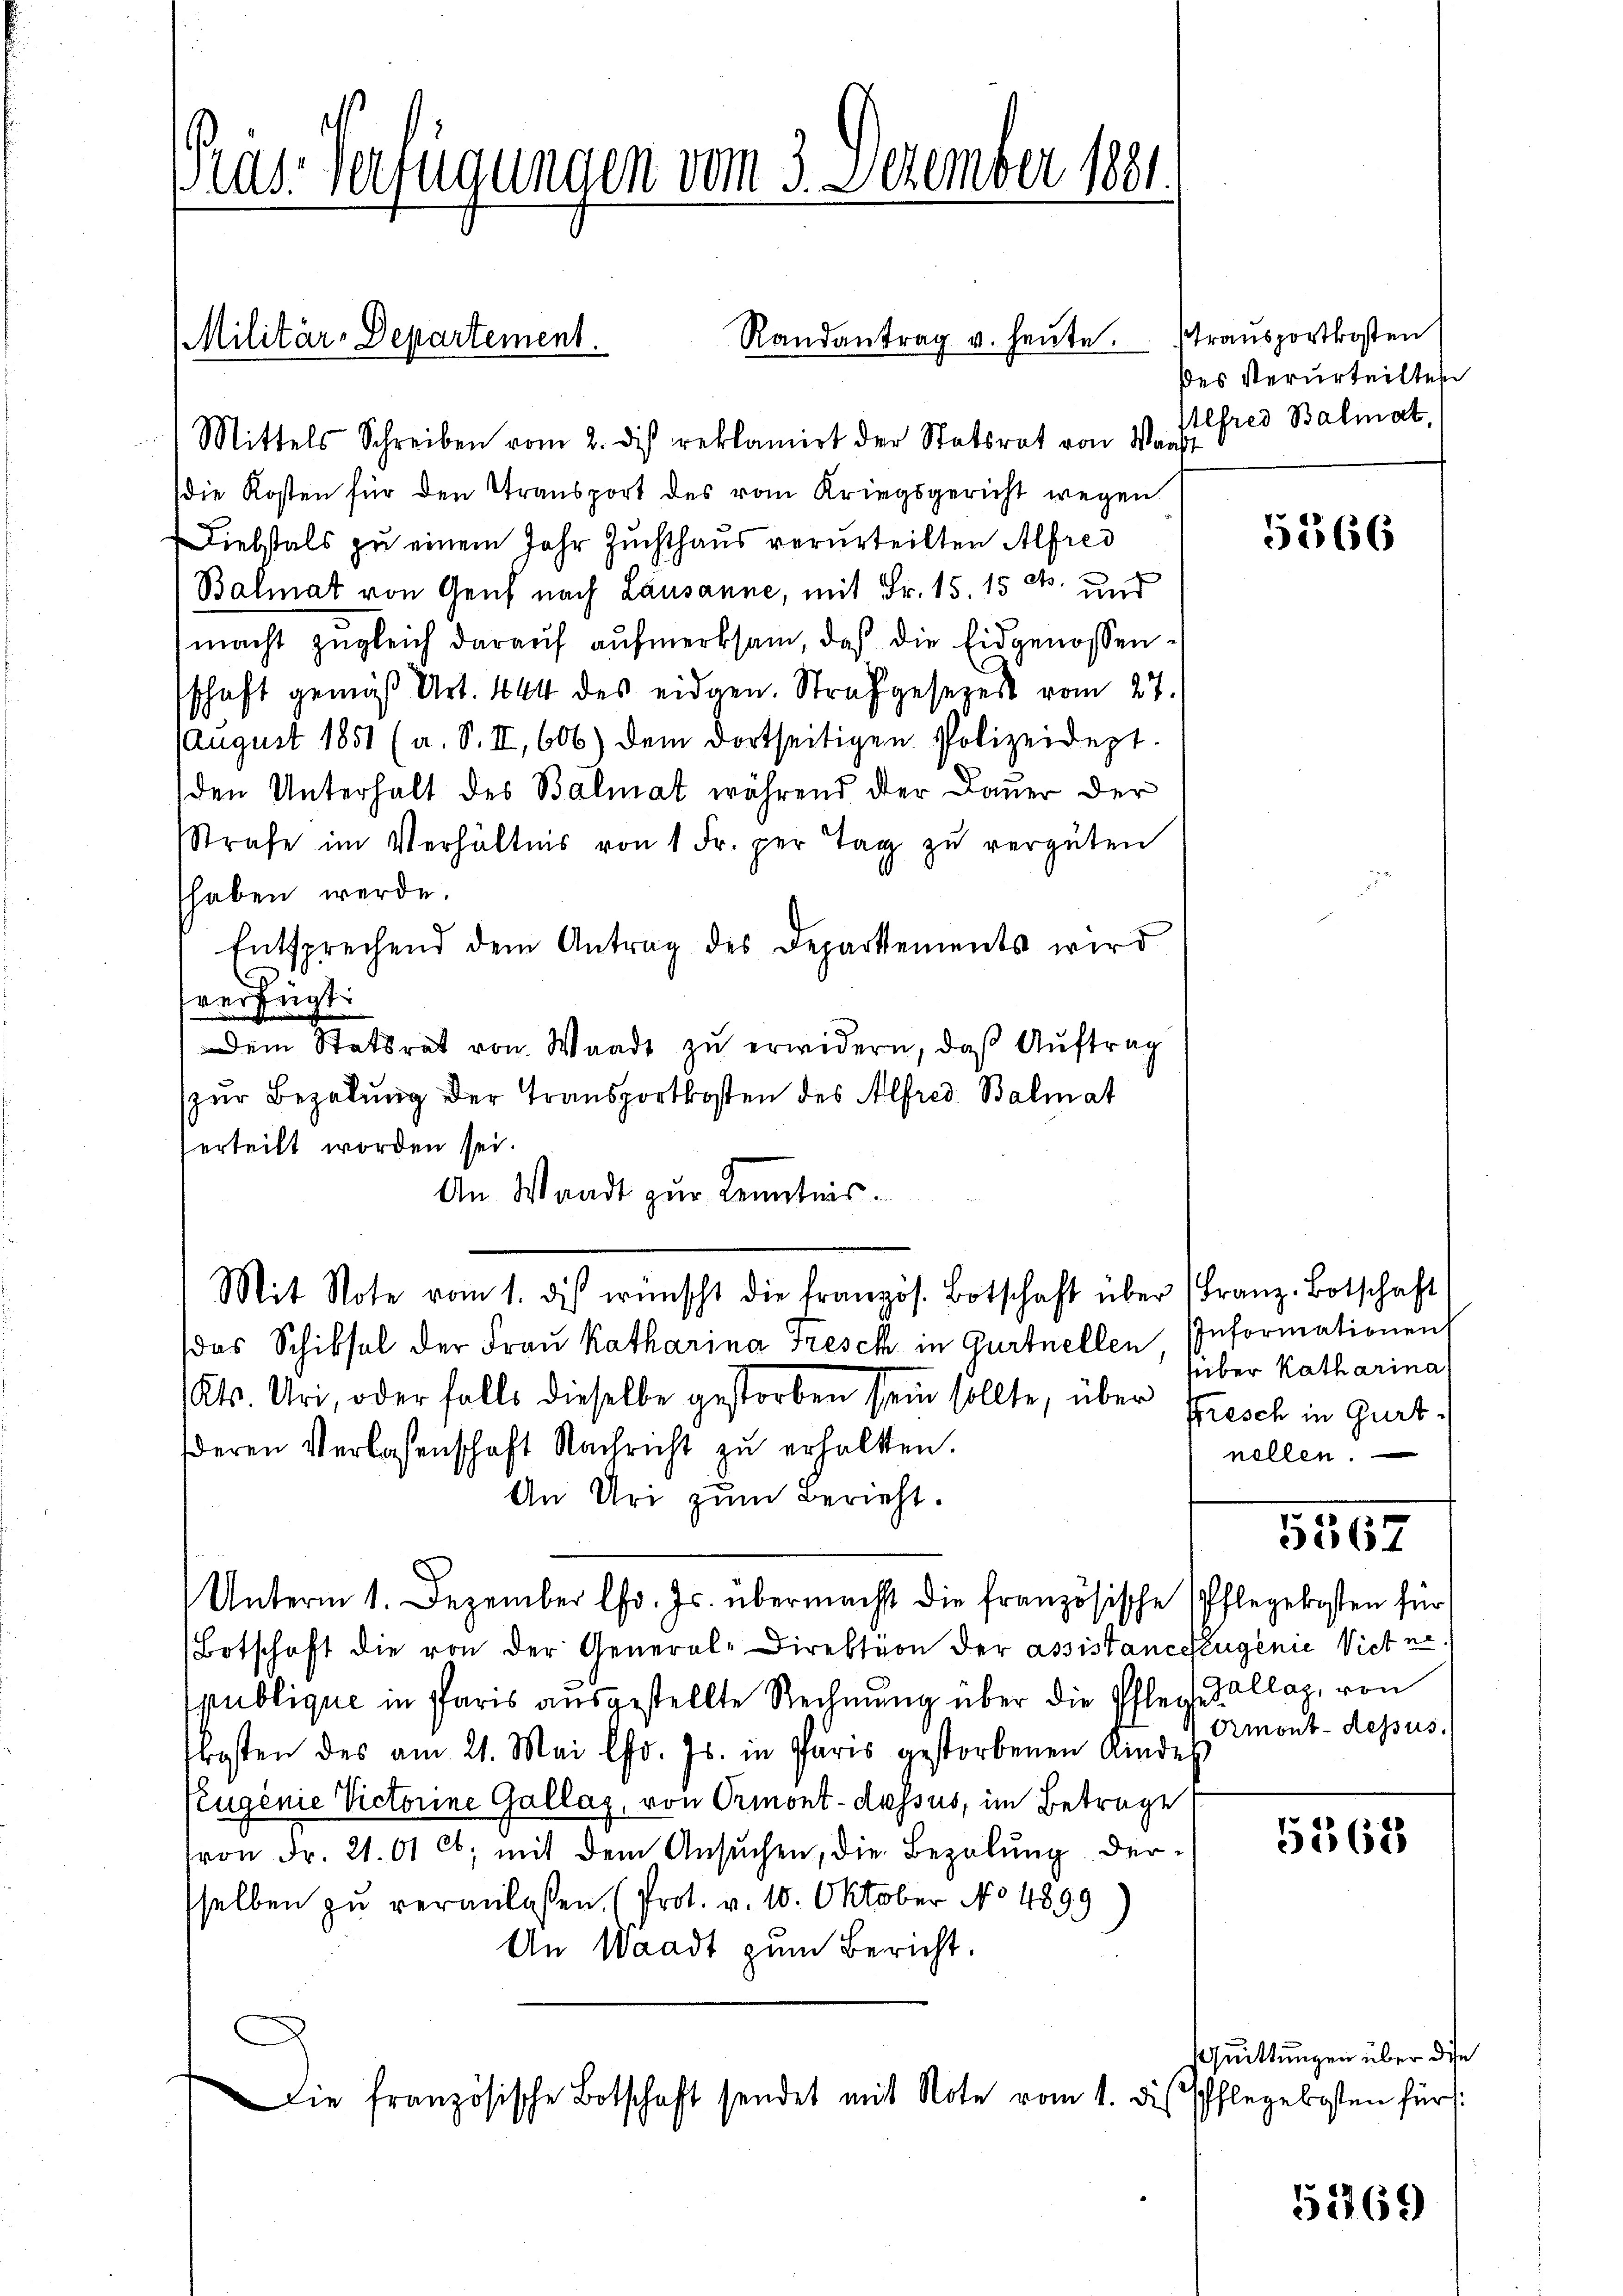
Pras Verfügungen vom 3. Dezember 1881

Randantrag u. heute. Transportkosten
Militär-Departement.
Mittels Schreiben vom 2. des reklamirt der Statsrat von Waadt

die Kosten für den Transport des vom Kriegsgericht wegen
Diebstals zu einem Jahr Zuchthaus verurteilten Alfred
Balmat von Genf nach Lausanne, mit Fr. 15. 15 Rt. und
macht zŭgleich daraŭf aŭfmerksam, daß die Eidgenossen-
schaft gemäß Art. 144 des eidgen. Strafgesezes vom 27.
August 1851 (a. S. II, 606) dem dortseitigen Polizeidept.
den Unterhalt des Balmat während der Dauer der
Strafe im Verhältnis von 1 Fr. per Tag zŭ vergüten
haben werde.
Entsprechend dem Antrag des Departements wird
verfügt:
Dein Statsrat von Waadt zu erwidern, daß Auftrag
zur Bezalung der Transportkosten des Alfred. Balmat
erteilt worden sei.
An Waadt zur Kenntnis.
Mit Note vom 1. des wünscht die französ. Botschaft über (Franz. Botschaft
das Schiksal der Frau Katharina Fresch in Gurtnellen Informationen
Kts. Uri, oder falls dieselbe gestorben sein sollte, über Frisch in Gurtderen Verlassenschaft Nachricht zu erhalten.
An Uri zum Bericht.
Unterm 1. Dezember l. Js. übermacht die französische Pflegekosten für
Botschaft die von der General-Direktion der assistance zugenie Vieh na
publique in Paris ausgestellte Rechnung über die Pflege Kollag, von
kosten des am 21. Mai lfd. Js. in Paris gestorbenen Kindes
Teugenie Victorine Gallag, von Ormont-dessus, im Betrage
ron Fr. 21. 61 Ct; mit dem Ansŭchen, die Bezalung dersselben zu veranlassen (Prot. v. 10. Oktober No 4899
An Waadt zum Bericht.
Die französische Botschaft sendet mit Note vom 1. die Pflegekosten für

des Verurteilten
Alfred Balmat,

5566

süber Katharina
nellen

5567

Ormont-dessus.

5568

Quittungen über die

5269